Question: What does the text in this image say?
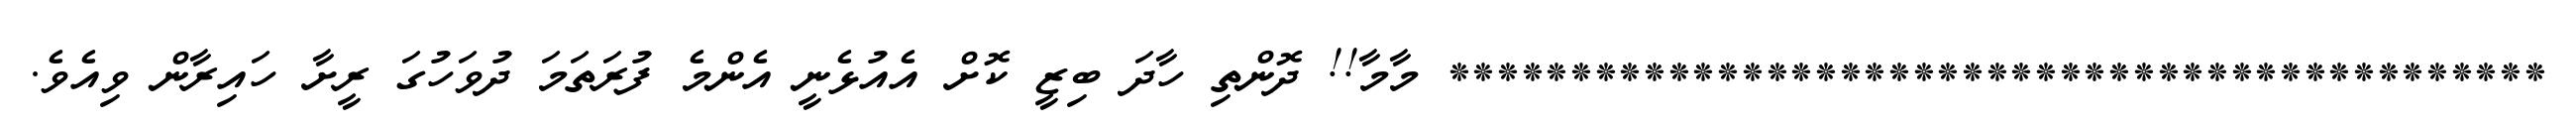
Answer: ********************************************* މާމާ!! ދޮންތި ހާދަ ބިޒީ ކޮށް އެއުޅެނީ އެންމެ ފުރަތަމަ ދުވަހުގަ ރީށާ ހައިރާން ވިއެވެ.